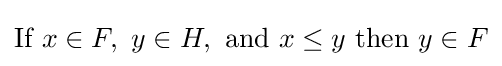
{\mbox{If }}x\in F,\ y\in H,\ {\mbox{and }}x\leq y{\mbox{ then }}y\in F